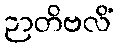
ဉာတိဗလိံ